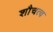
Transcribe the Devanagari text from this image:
शौचत्व